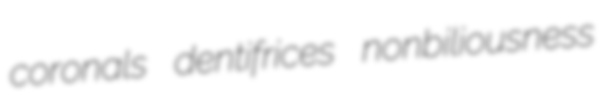
coronals dentifrices nonbiliousness